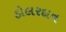
ડોલરદાન